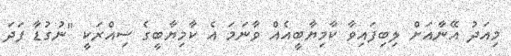
މިއަދު އޭނާއަށް ލިބިފައިވާ ކާމިޔާބީއެއް ވާނަމަ އެ ކާމިޔާބީގެ ސިއްރަކީ "ނުގުޑާ ފަދަ